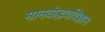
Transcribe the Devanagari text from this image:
मानवोद्भवविज्ञान